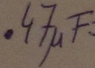
Text: .47µF